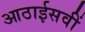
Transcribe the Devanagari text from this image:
आठाईसवीं